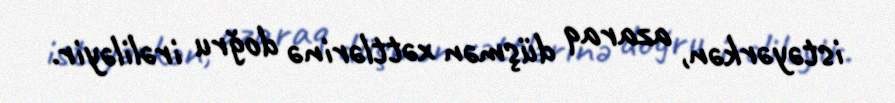
istəyərkən, azaraq düşmən xəttlərinə doğru irəliləyir.